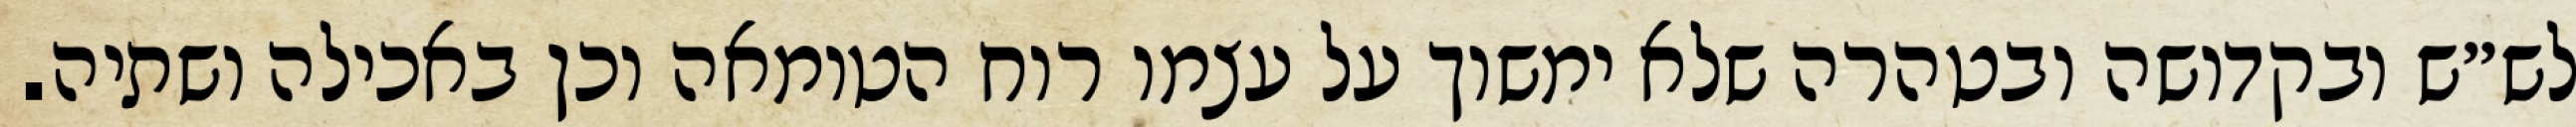
לש״ש ובקדושה ובטהרה שלא ימשוך על עצמו רוח הטומאה וכן באכילה ושתיה.